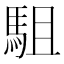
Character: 駔